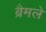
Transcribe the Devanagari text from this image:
ब्रैमले